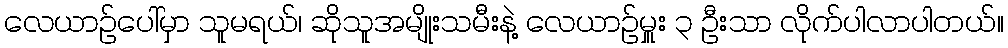
လေယာဉ်ပေါ်မှာ သူမရယ်၊ ဆိုသူအမျိုးသမီးနဲ့ လေယာဉ်မှူး ၃ ဦးသာ လိုက်ပါလာပါတယ်။